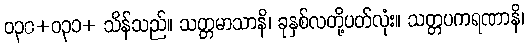
ဝ၃၀+ဝ၃၁+ သိန်သည်။ သတ္တမာသာနိ၊ ခုနှစ်လတို့ပတ်လုံး။ သတ္တပကရဏာနိ၊